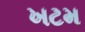
ખટમ